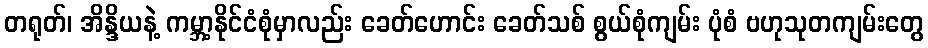
တရုတ်၊ အိန္ဒိယနဲ့ ကမ္ဘာ့နိုင်ငံစုံမှာလည်း ခေတ်ဟောင်း ခေတ်သစ် စွယ်စုံကျမ်း ပုံစံ ဗဟုသုတကျမ်းတွေ